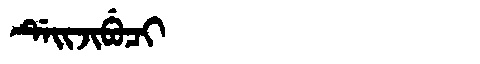
Manchu: ᡩᡝᡳᠵᡳᠪᡠᠴᡳ
Romanization: DEIJIBUCI